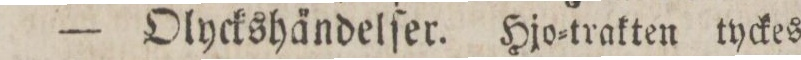
— Olyckshändelſer. Hjo=trakten tyckes